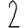
Digit: 2